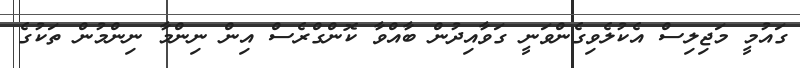
ގައުމީ މަޖިލިސް އެކުލެވިގެންވަނީ ގަވާއިދުން ބާއްވާ ކޮންގްރެސް އިން ނިންމާ ނިންމުން ތަކުގެ